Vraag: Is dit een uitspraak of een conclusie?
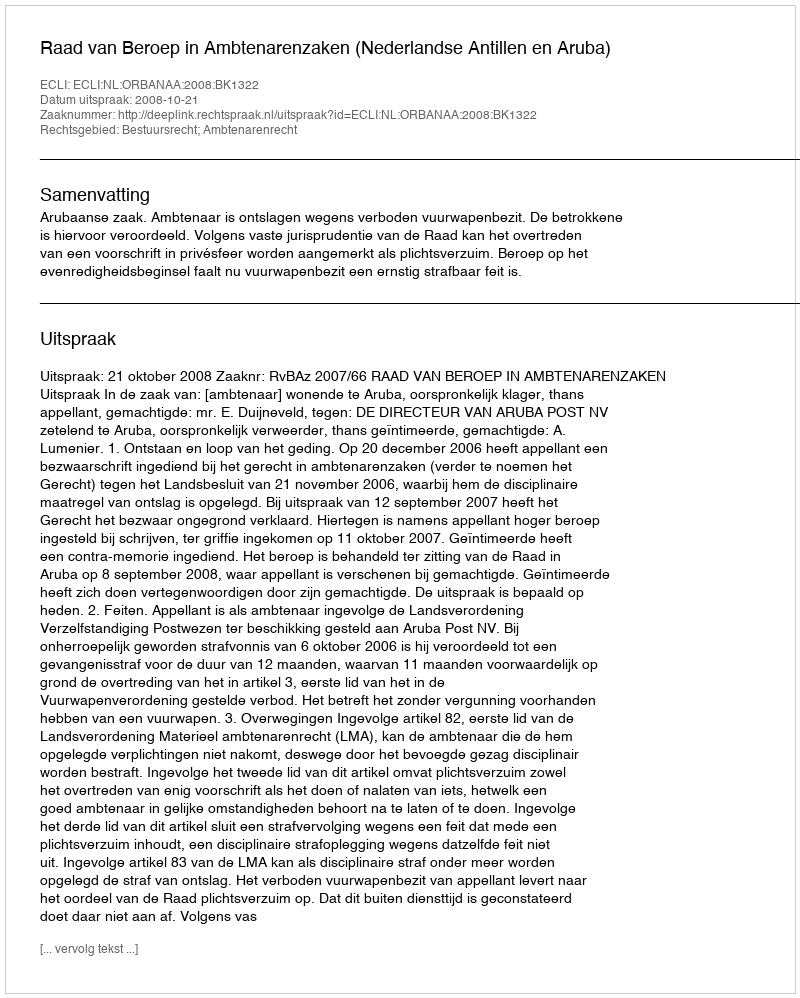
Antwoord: Uitspraak